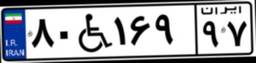
۸۰W۱۶۹۹۷